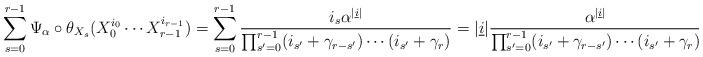
LaTeX: \begin{align*}\sum_{s=0}^{r-1}\Psi_{\alpha}\circ\theta_{X_s}(X^{i_0}_0\cdots X^{i_{r-1}}_{r-1})=\sum_{s=0}^{r-1}\frac{i_s\alpha^{\vert \underline i\vert}} {\prod_{s'=0}^{r-1}(i_{s'}+\gamma_{r-s'})\cdots (i_{s'}+\gamma_r)}=\vert \underline{i}\vert\frac{\alpha^{\vert\underline{i}\vert}}{\prod_{s'=0}^{r-1}(i_{s'}+\gamma_{r-s'})\cdots (i_{s'}+\gamma_r)}\enspace.\end{align*}